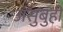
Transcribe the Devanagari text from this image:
असुबुही